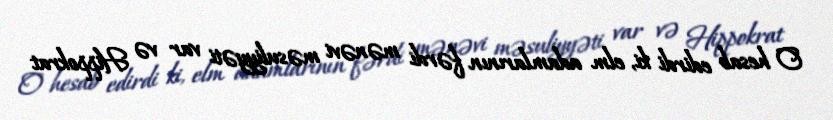
O hesab edirdi ki, elm adamlarının fərdi mənəvi məsuliyyəti var və Hippokrat